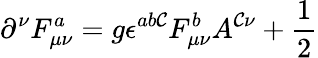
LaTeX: \partial^{\nu}F_{\mu\nu}^{a}=g\epsilon^{ab\mathcal{C}}F_{\mu\nu}^{b}A^{\mathcal{C}\nu}+\frac{1}{2}